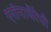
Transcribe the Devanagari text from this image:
एरॉमाथैरेपी